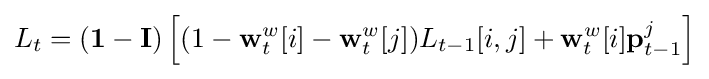
L_{t}=(\mathbf {1} -\mathbf {I} )\left[(1-\mathbf {w} _{t}^{w}[i]-\mathbf {w} _{t}^{w}[j])L_{t-1}[i,j]+\mathbf {w} _{t}^{w}[i]\mathbf {p} _{t-1}^{j}\right]